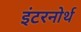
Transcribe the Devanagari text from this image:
इंटरनोर्थ